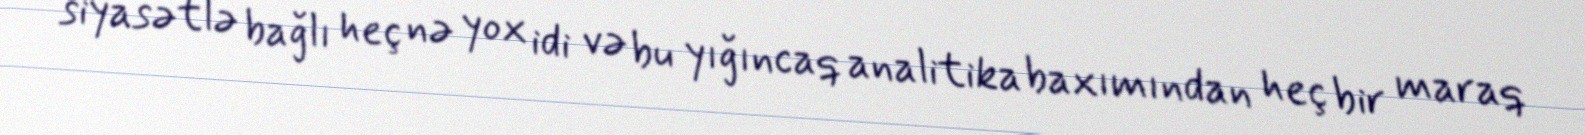
siyasətlə bağlı heç nə yox idi və bu yığıncaq analitika baxımından heç bir maraq